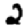
Digit: 2